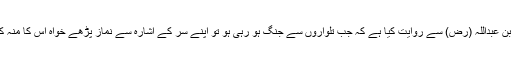
امام ابن ابی حاتم اور امام ابن المنذر نے حضرت جابر بن عبداللہ (رض) سے روایت کیا ہے کہ جب تلواروں سے جنگ ہو رہی ہو تو اپنے سر کے اشارہ سے نماز پڑھے خواہ اس کا منہ کسی طرف ہو ”’ فرجالا اور رکبانا “ کی ہی تفسیر ہے۔